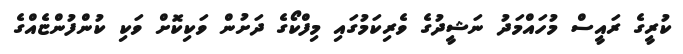
ކުރީގެ ރައީސް މުހައްމަދު ނަޝީދުގެ ވެރިކަމުގައި މިފްކޯގެ ދަށުން ވަކިކޮށް ވަކި ކުންފުންޏެއްގެ